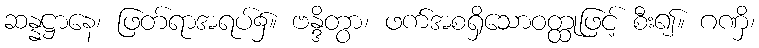
ဆန္နဋ္ဌာနေ၊ ဖြတ်ရာအရပ်၌။ ဗန္ဒိတွာ၊ ဖက်အစရှိသောဝတ္ထုဖြင့် စီး၍။ ဂဏှိ၊